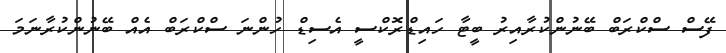
ފޭސް ސްކްރަބް ބޭނުންކުރާއިރު ބީޓާ ހައިޑްރޮކްސީ އެސިޑް ހުންނަ ސްކްރަބް އެއް ބޭނުންކުރާނަމަ